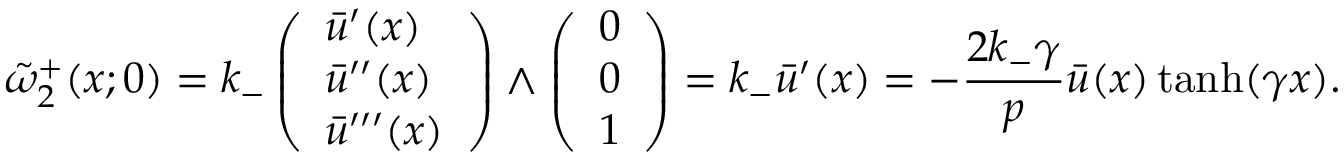
\tilde { \omega } _ { 2 } ^ { + } ( x ; 0 ) = k _ { - } \left( \begin{array} { l } { \bar { u } ^ { \prime } ( x ) } \\ { \bar { u } ^ { \prime \prime } ( x ) } \\ { \bar { u } ^ { \prime \prime \prime } ( x ) } \end{array} \right) \wedge \left( \begin{array} { l } { 0 } \\ { 0 } \\ { 1 } \end{array} \right) = k _ { - } \bar { u } ^ { \prime } ( x ) = - \frac { 2 k _ { - } \gamma } { p } \bar { u } ( x ) \operatorname { t a n h } ( \gamma x ) .